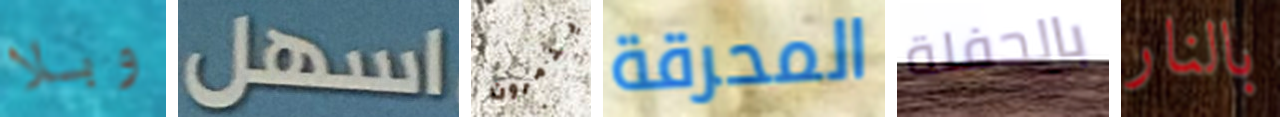
وبلا اسهل يدمرون المحرقة بالحفلة بالنار